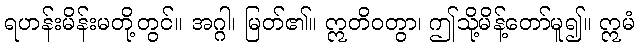
ရဟန်းမိန်းမတို့တွင်။ အဂ္ဂါ၊ မြတ်၏။ ဣတိဝတွာ၊ ဤသို့မိန့်တော်မူ၍။ ဣမံ